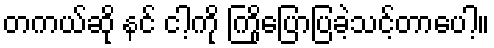
တကယ်ဆို နင် ငါ့ကို ကြိုပြောပြခဲ့သင့်တာပေါ့။